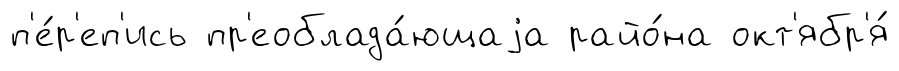
п'е́р'еп'ись пр'еоблада́ющаjа райо́на окт'ябр'я́